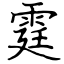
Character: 霆